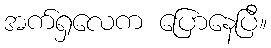
အက်ရှလေက ပြောနေပြီ။